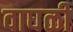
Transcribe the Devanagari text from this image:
वाघळी